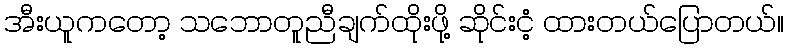
အီးယူကတော့ သဘောတူညီချက်ထိုးဖို့ ဆိုင်းငံ့ ထားတယ်ပြောတယ်။